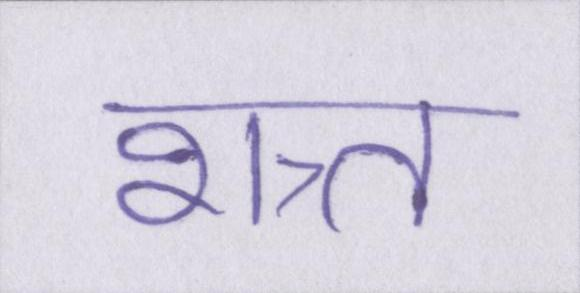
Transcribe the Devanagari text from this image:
शत्र्त